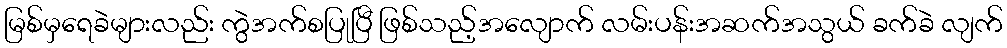
မြစ်မှရေခဲများလည်း ကွဲအက်စပြုပြီ ဖြစ်သည့်အလျောက် လမ်းပန်းအဆက်အသွယ် ခက်ခဲ လျက်